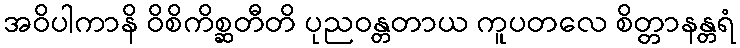
အဝိပါကာနိ ဝိစိကိစ္ဆတီတိ ပုညဝန္တတာယ ကူပတလေ စိတ္တာနန္တရံ